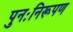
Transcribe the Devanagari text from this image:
पुनःनिरूपण